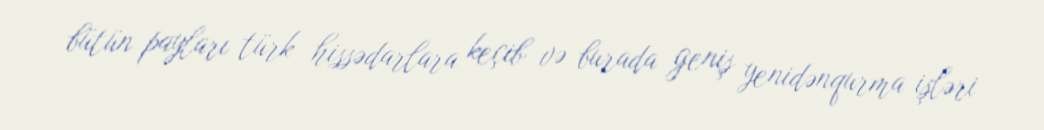
bütün payları türk hissədarlara keçib və burada geniş yenidənqurma işləri